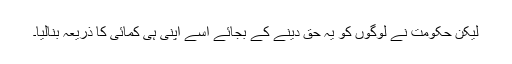
لیکن حکومت نے لوگوں کو یہ حق دینے کے بجائے اسے اپنی ہی کمائی کا ذریعہ بنالیا۔